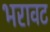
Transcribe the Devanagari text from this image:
भरावट